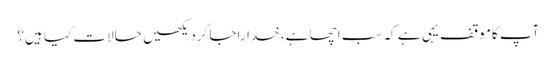
آپ کاموقف یہی ہے کہ سب اچھا ہے، خداراجا کردیکھیں حالات کیا ہیں؟